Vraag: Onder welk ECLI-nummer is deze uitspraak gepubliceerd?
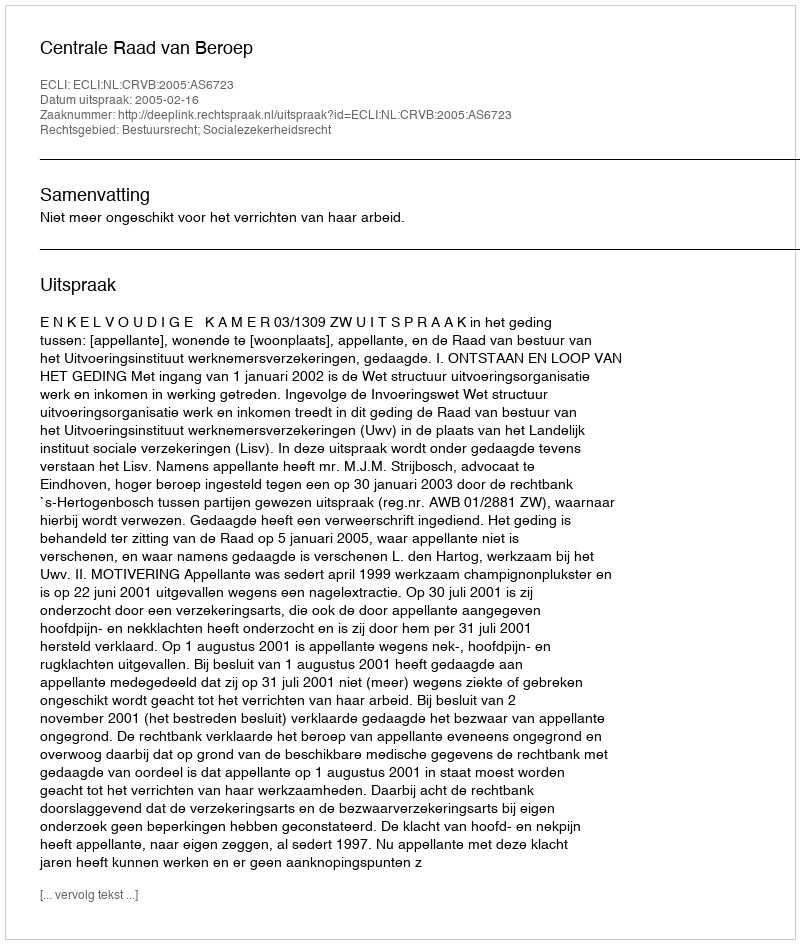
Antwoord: ECLI:NL:CRVB:2005:AS6723